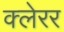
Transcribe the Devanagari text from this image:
क्लेरर